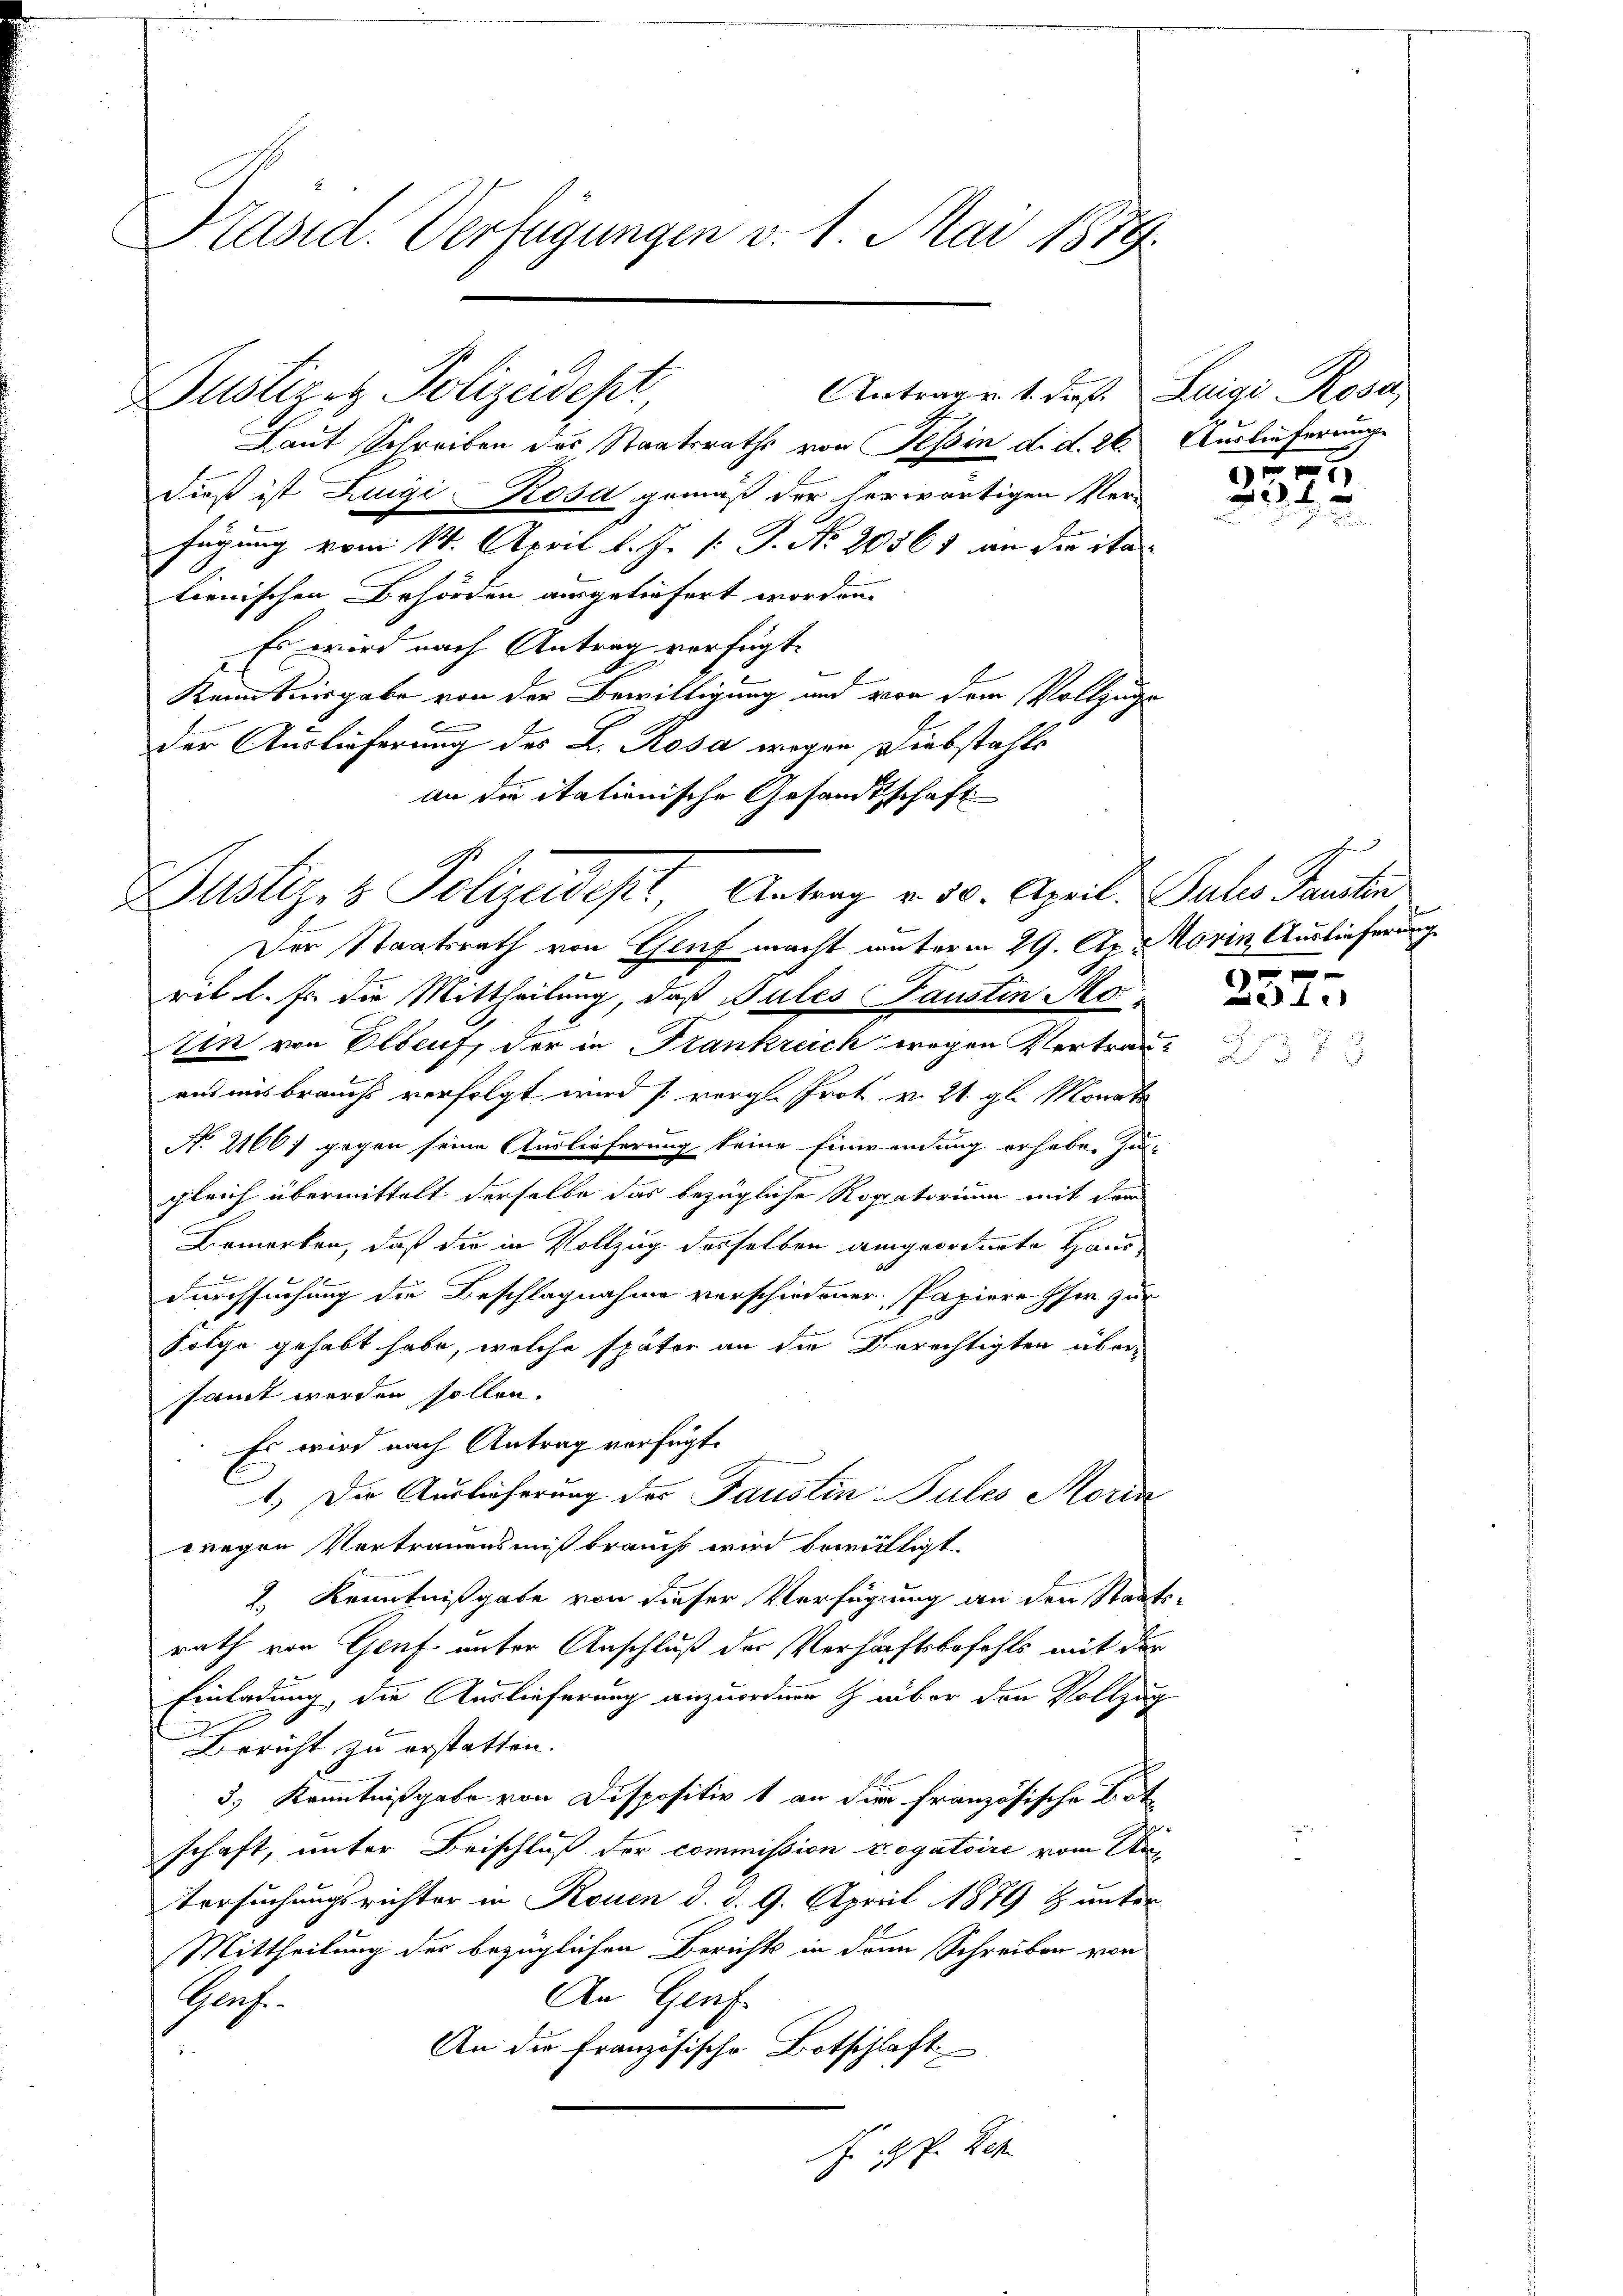
Präsid. Verfügungen v. 1. Mai 1889.

Justizes Polizeidepr

Justiz- & Polizeidept, Antrag v. 30. April. Julis Sanita

Laut Schreiben des Staatsraths von Tessin d. d. 26.
Fieß ist Luigi Rosa gemäß der herwärtigen Ver-
fügung vom 14. April l. J. /: P. Nr. 20561 an die ita
lienischen Behörden ausgeliefert worden.
Es wird nach Antrag verfügt:
Kenntnisgabe von der Bewilligung und von dem Vollzuge
der Auslieferung des L. Rosa wegen Diebstahls
an die itationische Gesandtschaft
Der Staatsrath von Genf macht unterm 29. Ap. Marin Auslieferung
ret l. Er die Mittheilung, daß Bules Faustin Mo
Ein von Elbeuf, der in Frankreich wegen Vertrauaus misbrauchs verfolgt wird vergl. Prot. v. 21. gl. Monate
No 21667 gegen seine Auslieferung keine Einwendung erhabe. Zu-
gleich übermittelt derselbe das bezügliche Rogatorium mit der
Bemerken, daß die in Vollzug desselben angeordnete Haus¬
11
Durchsuchung die Beschlagnahme verschiedener Papiere her zur
Folge gehabt habe, welche später an die Berechtigten übersamt werden sollen.
Es wird nach Antrag verfügt.
1.) Die Auslieferung des Faustin Pules Morin
wregen Vertrauensmißbrauch wird bewältigt
2. Kenntnißgabe von dieser Verfügung an den Staats-
rath von Genf unter Anschluß der Verhaftsbefehls mit der
Einladung, die Auslieferung anzuordnen z über den Vollzug
Bericht zu erstatten.
3.) Kenntnißgabe von Dispositiv 1 an die französische Bot
schaft, unter Beischluß der commission erogatoire vom Ur¬
Versuchungsrichter in Rouen d. d. 9. April 1879 & unter
Mittheilung der bezüglichen Berichts in den Schreiben von
An Graf
Glach.
An die Französische Botschlaft
 Gf. Sch

Antrag v. 1. dieß. Luigi Rosa,

Auslieferung

E

2372

1

.